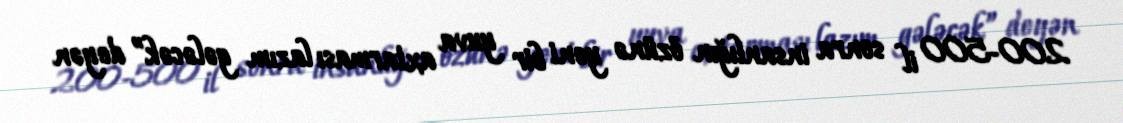
200-500 il sonra insanlığın özünə yeni bir yuva axtarması lazım gələcək” deyən